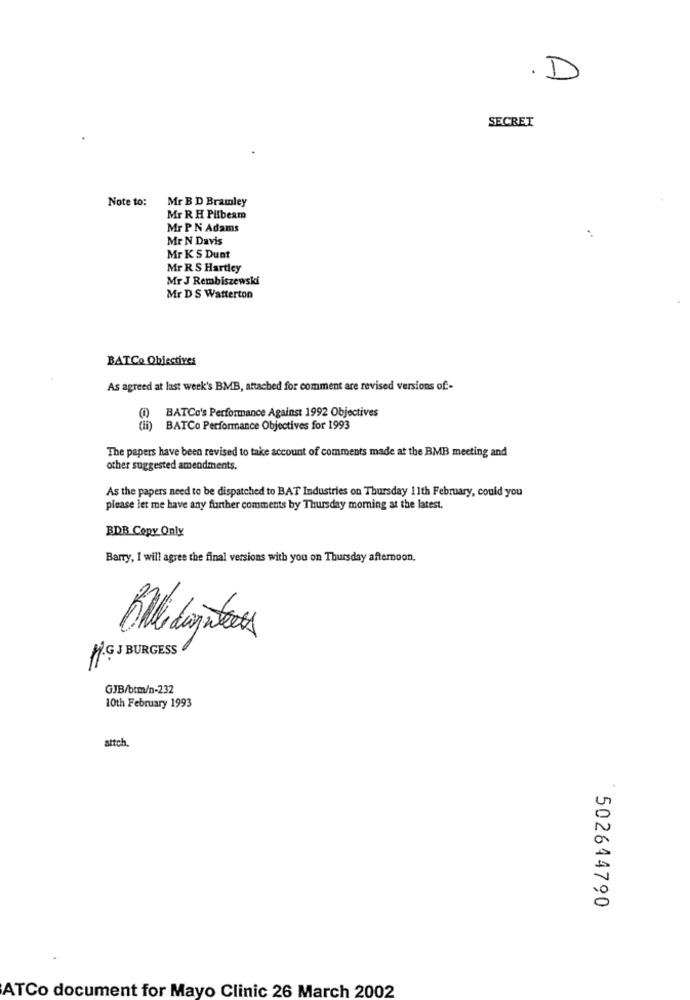
D
SECRET
Note to:
Mr B D Bramley
Mr R H Pilbeam
Mr P N Adams
Mr N Davis
Mr K S Dunt
Mr R S Hartley
Mr J Rembiszewski
Mr D S Watterton
BATCo Objectives
As agreed at last week's BMB, attached for comment are revised versions of-
BATCo's Performance Against 1992 Objectives
BATCo Performance Objectives for 1993
The papers have been revised to take account of comments made at the BMB meeting and
other suggested amendments.
As the papers need to be dispatched to BAT Industries on Thursday 11th February, could you
please let me have any further comments by Thursday morning at the latest.
BDB Copy Only
Barry, I will agree the final versions with you on Thursday afternoon.
MG BURGESS
GJB/btm/n-232
10th February 1993
attch,
502644790
ATCo document for Mayo Clinic 26 March 2002